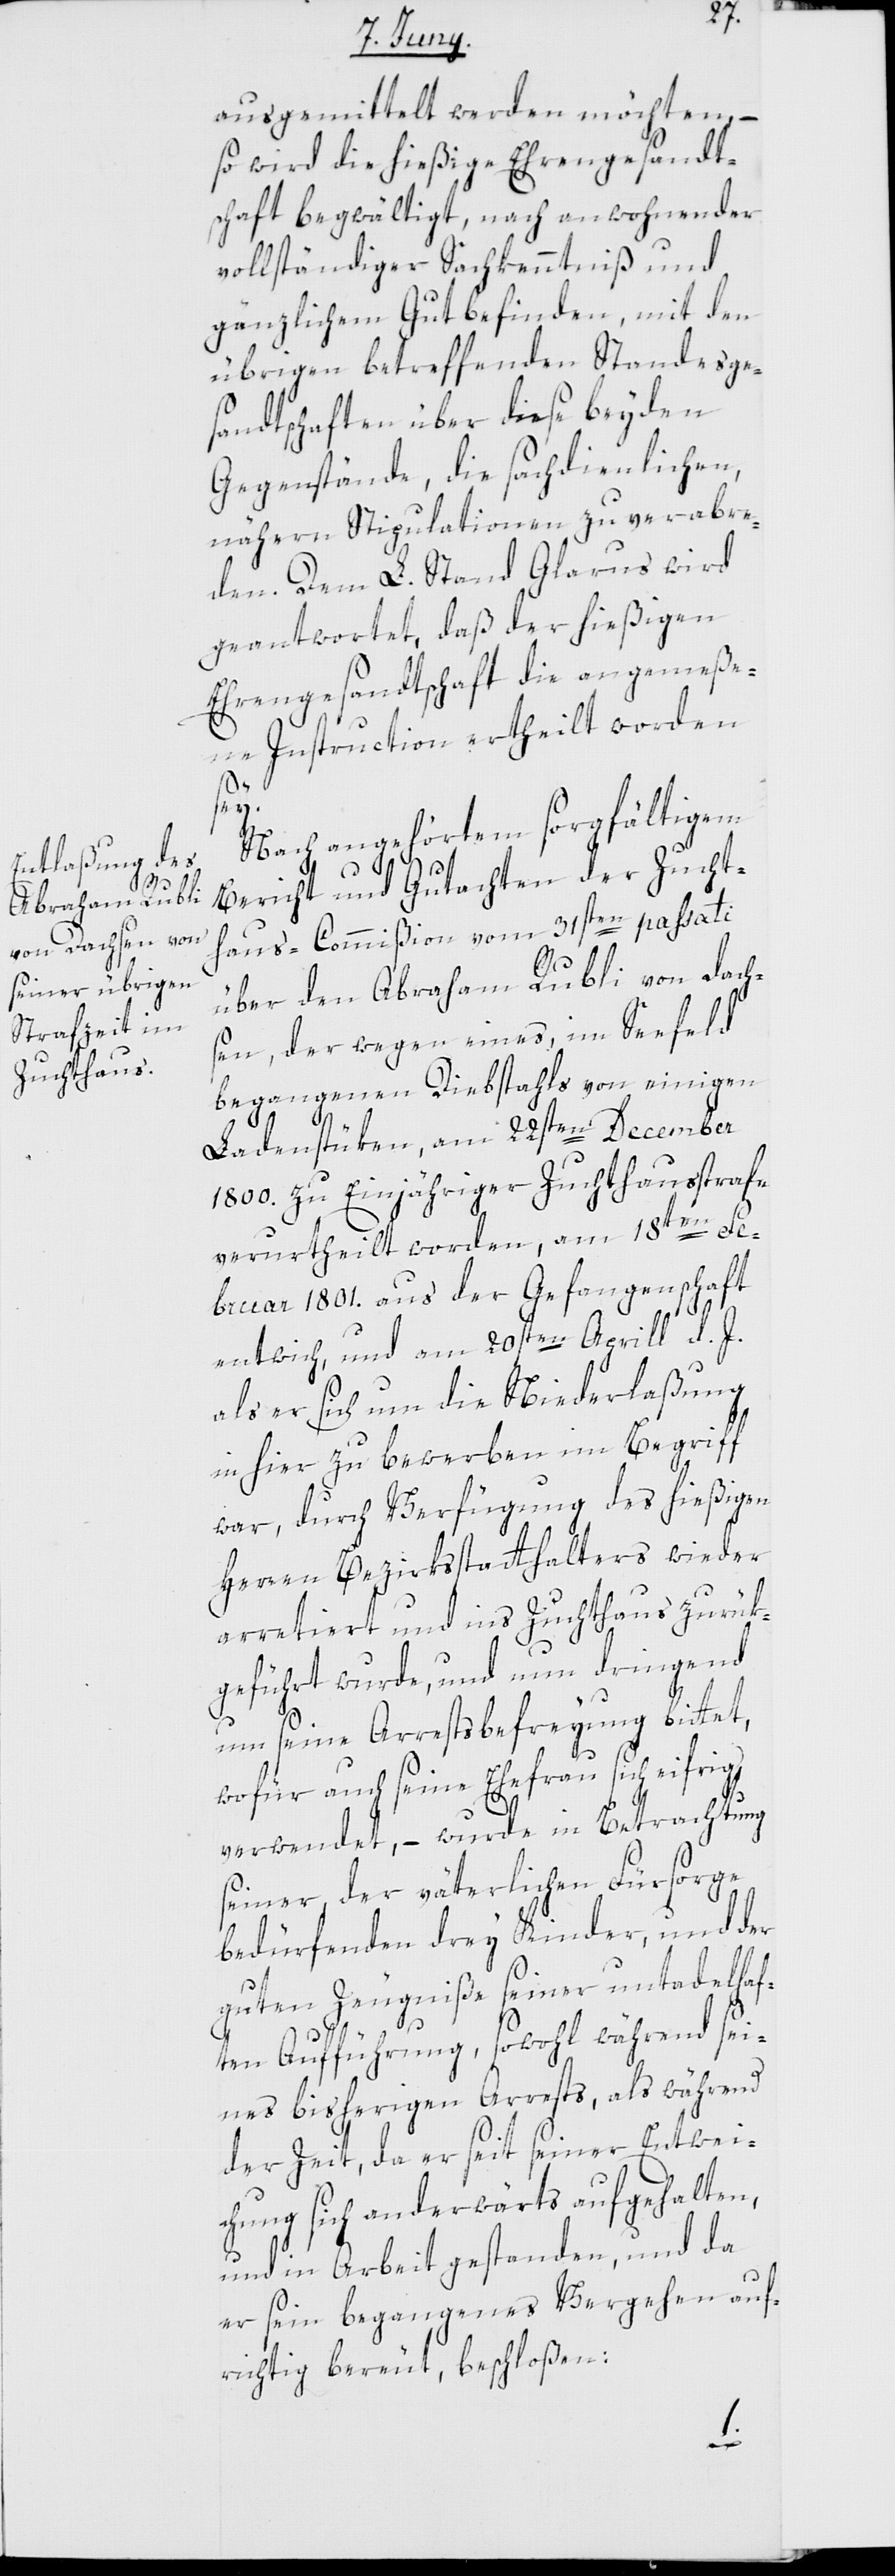
ausgemittelt werden möchten, –
so wird die hießige Ehrengesandt¬
schaft begwältigt, nach anwohnender
vollständiger Sachkenntniß und
gänzlichem Gutbefinden, mit den
übrigen betreffenden Standesge¬
sandtschaften über diese beyden
Gegenstände, die sachdienlichen,
nähern Stipulationen zu verabre¬
den. Dem L. Stand Glarus wird
geantwortet, daß der hießigen
Ehrengesandtschaft die angemeße¬
ne Instruction ertheilt worden
sey.
Nach angehörtem sorgfältigem
Bericht und Gutachten der Zucht¬
haus-Commißion vom 31sten passati
über den Abraham Rubli von Dach¬
sen, der wegen eines, im Seefeld
begangenen Diebstahls von einigen
Ladenstüken, am 22sten December
1800. zu Einjähriger Zuchthausstrafe
verurtheilt worden, am 18ten Fe¬
bruar 1801. aus der Gefangenschaft
entwich, und am 20sten Aprill d. J.,
als er sich um die Niederlaßung
in hier zu bewerben im Begriff
war, durch Verfügung des hießigen
Herren Bezirksstatthalters wieder
arretiert und ins Zuchthaus zurük¬
geführt wurde, und nun dringend
um seine Arrestsbefreyung bittet,
wofür auch seine Ehefrau sich eifrig
verwendet, – wurde in Betrachtung
seiner, der väterlichen Fürsorge
bedürfenden drey Kinder, und der
guten Zeugniße seiner untadelhaf¬
ten Aufführung, sowohl während sei¬
nes bisherigen Arrests, als während
der Zeit, da er seit seiner Entwei¬
chung sich anderwärts aufgehalten
und in Arbeit gestanden, und da
er sein begangenes Vergehen auf¬
richtig bereut, beschloßen: